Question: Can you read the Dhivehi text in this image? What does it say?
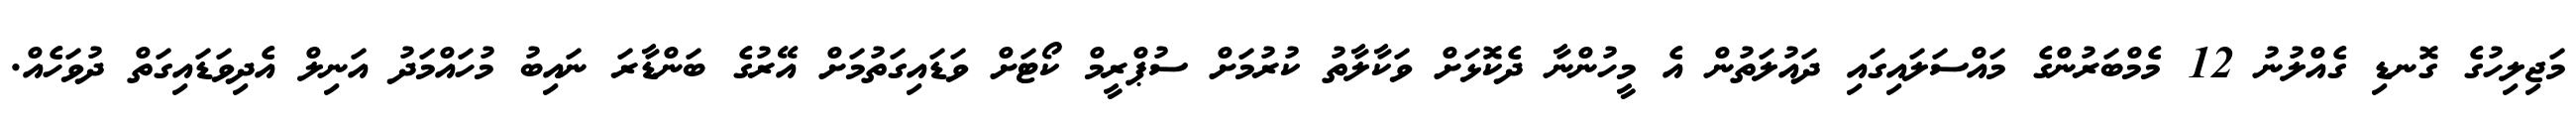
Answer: މަޖިލިހުގެ ގޮނޑި ގެއްލުނު 12 މެމްބަރުންގެ މައްސަލައިގައި ދައުލަތުން އެ މީހުންނާ ދެކޮޅަށް ވަކާލާތު ކުރުމަށް ސުޕްރީމް ކޯޓަށް ވަޑައިގަތުމަށް އޭރުގެ ބަންޑާރަ ނައިބު މުހައްމަދު އަނިލް އެދިވަޑައިގަތް ދުވަހެއް.